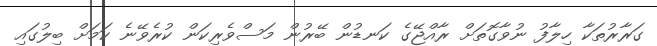
ގަރާރުތަކާ ހިލާފު ނުވާގޮތަށް ރާއްޖޭގެ ކަނޑުން ބޭރުން މަސްވެރިކަން ކުރެވޭނެ ކަމަށް ބިލުގައި